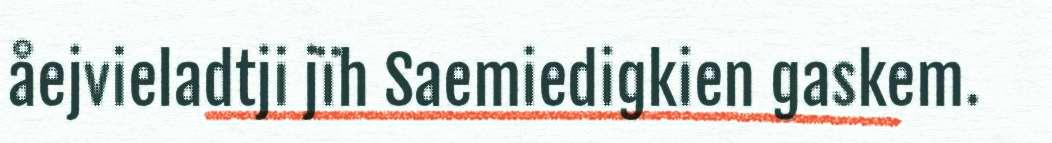
åejvieladtji jïh Saemiedigkien gaskem.